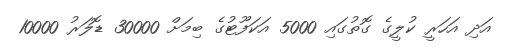
އަދި އަހަރީ ކުލީގެ ގޮތުގައި 5000 އަކަފޫޓުގެ ބިމަށް 30000 ޑޮލަރު 10000